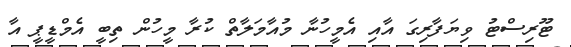
ޓޫރިސްޓު ވިޔަފާރިގަ އާއި އެމީހުނާ މުއާމަލާތް ކުރާ މީހުން ތިބީ އެމްޑީޕީ އާ